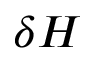
\delta H